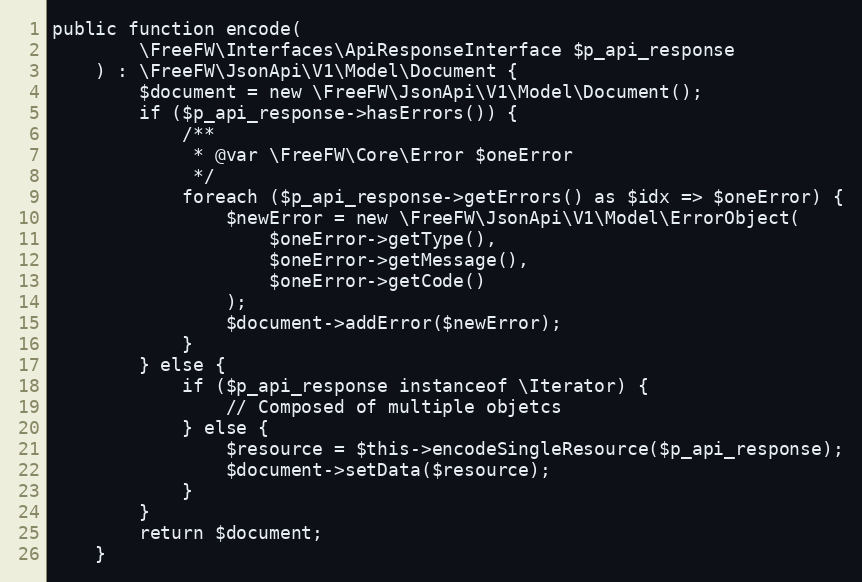
Language: PHP
public function encode(
        \FreeFW\Interfaces\ApiResponseInterface $p_api_response
    ) : \FreeFW\JsonApi\V1\Model\Document {
        $document = new \FreeFW\JsonApi\V1\Model\Document();
        if ($p_api_response->hasErrors()) {
            /**
             * @var \FreeFW\Core\Error $oneError
             */
            foreach ($p_api_response->getErrors() as $idx => $oneError) {
                $newError = new \FreeFW\JsonApi\V1\Model\ErrorObject(
                    $oneError->getType(),
                    $oneError->getMessage(),
                    $oneError->getCode()
                );
                $document->addError($newError);
            }
        } else {
            if ($p_api_response instanceof \Iterator) {
                // Composed of multiple objetcs
            } else {
                $resource = $this->encodeSingleResource($p_api_response);
                $document->setData($resource);
            }
        }
        return $document;
    }